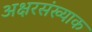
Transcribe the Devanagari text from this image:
अक्षरसंख्याक